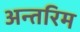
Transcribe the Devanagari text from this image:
अन्‍तरिम